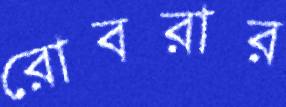
রোবরার